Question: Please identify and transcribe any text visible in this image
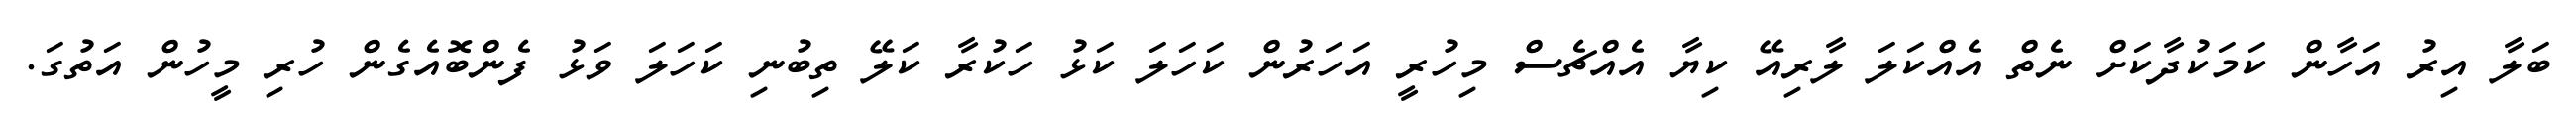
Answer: ބަލާ އިރު އަހާން ކަމަކުދާކަށް ނެތް އެއްކަލަ ލާރިއޭ ކިޔާ އެއްޗެސް މިހުރީ އަހަރުން ކަހަލަ ކަޅު ހަކުރާ ކަލޭ ތިބުނި ކަހަލަ ވަޅު ފެންބޮއެގެން ހުރި މީހުން އަތުގަ.